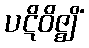
ပဋိဝိဇ္ဈိံ